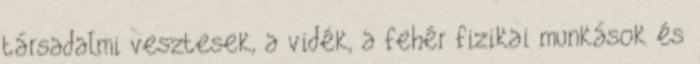
társadalmi vesztesek, a vidék, a fehér fizikai munkások és